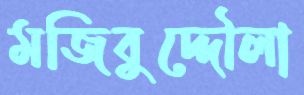
মজিবুদ্দৌলা